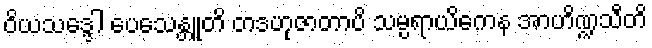
ဝိယသဒ္ဒေါ ပေသေန္တူတိ တဒဟုဇာတာပိ သမ္ပရာယိကေန အာဟိဏ္ဍသီတိ